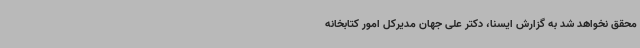
محقق نخواهد شد به گزارش ایسنا، دکتر علی جهان مدیرکل امور کتابخانه